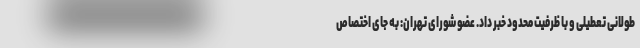
طولانی تعطیلی و با ظرفیت محدود خبر داد. عضو شورای تهران: به جای اختصاص